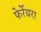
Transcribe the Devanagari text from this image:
फेर्रेयरा